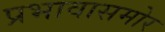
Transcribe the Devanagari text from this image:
प्रभावासमोर